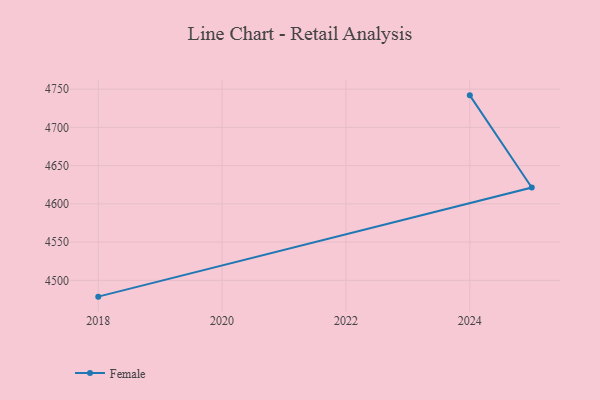
{"axis": {"x": "Year", "y": "Shipments"}, "legend": ["Female"], "data": [{"x": "2018", "y": 4478.7, "type": "Female"}, {"x": "2025", "y": 4621.4, "type": "Female"}, {"x": "2024", "y": 4741.9, "type": "Female"}]}